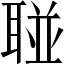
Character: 𱻼